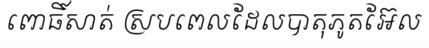
ពោធិ៍សាត់ ស្របពេលដែលបាតុភូតអ៊ែល